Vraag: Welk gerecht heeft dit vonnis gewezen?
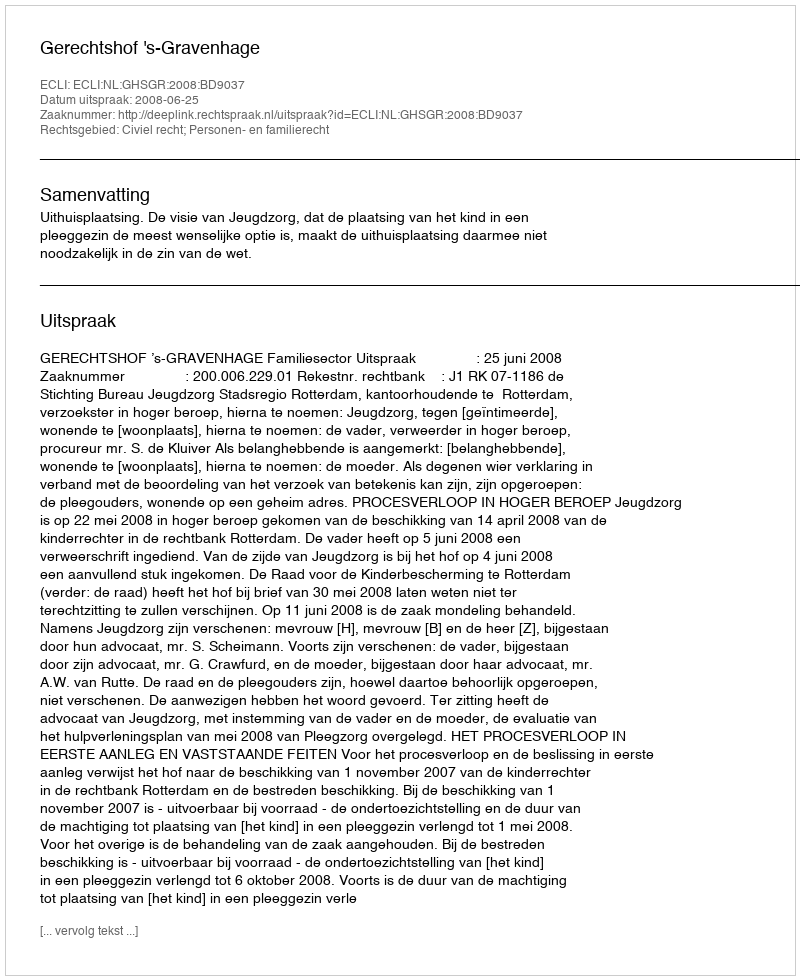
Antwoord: Gerechtshof 's-Gravenhage